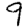
Digit: 9